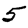
Digit: 5